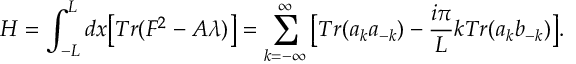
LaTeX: H = \int _ { - L } ^ { L } d x \big [ T r ( F ^ { 2 } - A \lambda ) \big ] = \sum _ { k = - \infty } ^ { \infty } \big [ T r ( a _ { k } a _ { - k } ) - { \frac { i \pi } { L } } k T r ( a _ { k } b _ { - k } ) \big ] .